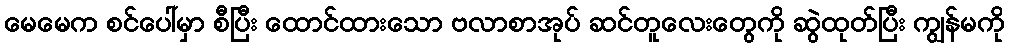
မေမေက စင်ပေါ်မှာ စီပြီး ထောင်ထားသော ဗလာစာအုပ် ဆင်တူလေးတွေကို ဆွဲထုတ်ပြီး ကျွန်မကို